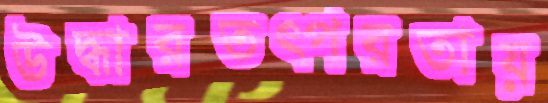
উদ্ধারতত্পরতায়